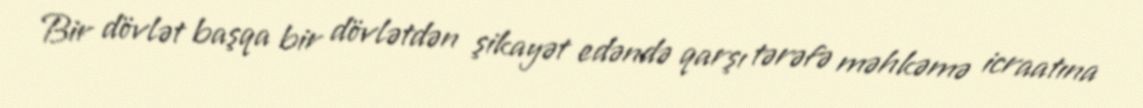
Bir dövlət başqa bir dövlətdən şikayət edəndə qarşı tərəfə məhkəmə icraatına